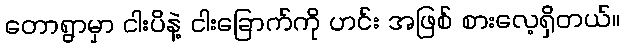
တောရွာမှာ ငါးပိနဲ့ ငါးခြောက်ကို ဟင်း အဖြစ် စားလေ့ရှိတယ်။